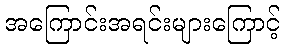
အကြောင်းအရင်းများကြောင့်